Document type: Community of property
Year: 1312
Scribe: Pere Amorós
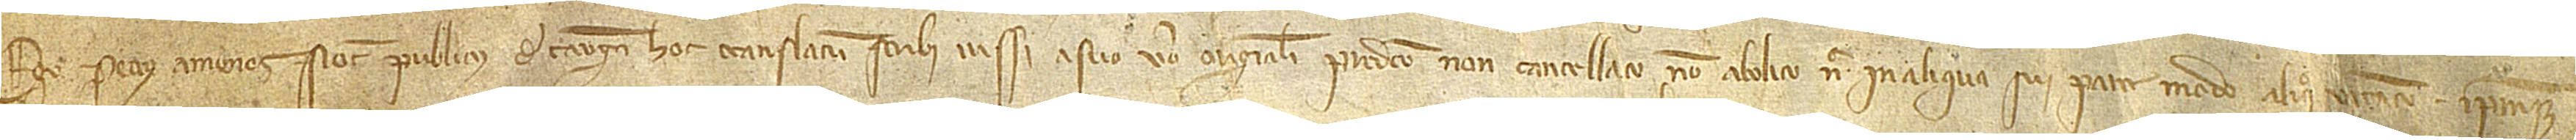
Ego Petrus Amoros, notarius publicus de Tarega, hoc translatum scribi iussi a suo vero originali predicto non cancellato, no abolito nec in aliqua sui parte modo aliquo viciato ipsumque